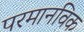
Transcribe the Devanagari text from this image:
परमानविक